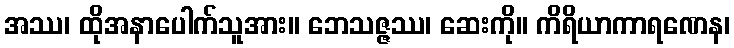
အဿ၊ ထိုအနာပေါက်သူအား။ ဘေသဇ္ဇဿ၊ ဆေးကို။ ကိရိယာကာရဏေန၊